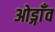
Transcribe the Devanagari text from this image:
ओड्गाँव